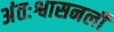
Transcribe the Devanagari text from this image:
अंतःश्वासनली